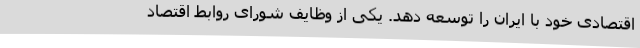
اقتصادی خود با ایران را توسعه دهد. یکی از وظایف شورای روابط اقتصاد